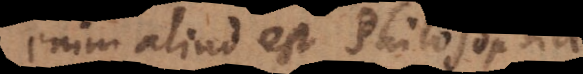
enim aliud est Philosophia,